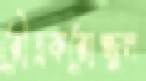
রৌদ্রকরোজ্জ্বল